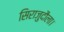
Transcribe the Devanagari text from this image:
सिराजुदौला।